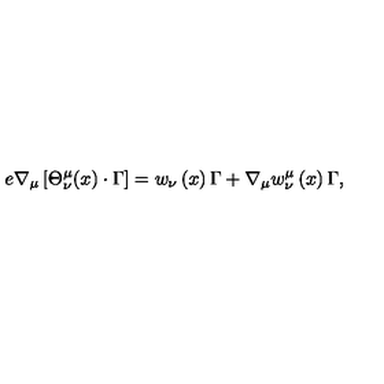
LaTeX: e \nabla _ { \mu } \left[ { \Theta } _ { \nu } ^ { \mu } ( x ) \cdot \Gamma \right] = { w } _ { \nu } \left( x \right) \Gamma + \nabla _ { \mu } { w } _ { \nu } ^ { \mu } \left( x \right) \Gamma ,